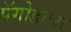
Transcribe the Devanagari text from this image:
पॅगोडाचा